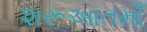
શરૂઆતમાઁ